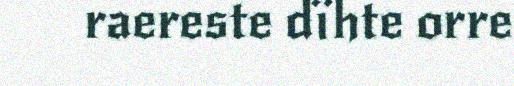
raereste dïhte orre